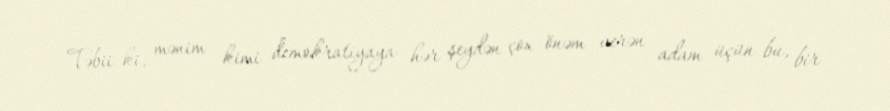
Təbii ki, mənim kimi demokratiyaya hər şeydən çox önəm verən adam üçün bu, bir